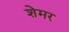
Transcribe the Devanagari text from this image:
शेमर